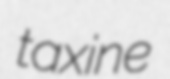
taxine